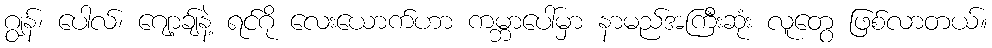
ဂျွန်၊ ပေါလ်၊ ဂျော့ချ်နဲ့ ရင်ဂို လေးယောက်ဟာ ကမ္ဘာပေါ်မှာ နာမည်အကြီးဆုံး လူတွေ ဖြစ်လာတယ်။